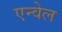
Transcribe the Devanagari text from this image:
एन्वेल